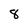
Character: 8